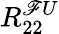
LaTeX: R_{22}^{\mathscr{F}U}